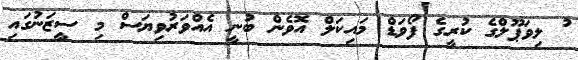
ު ލިވަޕޫލްގެ ކުރީގެ ފޯވަޑް މައިކަލް އޮވެން ބުނީ އެއްވަރުވިޔަސް މި ސީޒަނުގައި